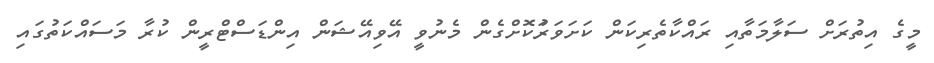
މީގެ އިތުރަށް ސަލާމަތާއި ރައްކާތެރިކަން ކަށަވަރަުކޮށްގެން މެނުވީ އޭވިއޭޝަން އިންޑަސްޓްރީން ކުރާ މަސަައްކަތުގައި